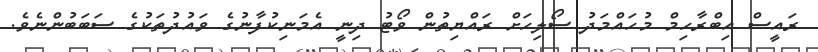
ރައީސް އިބްރާހިމް މުހައްމަދު ސޯލިހަށް ރައްޔިތުން ވޯޓު ދިނީ އެމަނިކުފާނުގެ ވައުދުތަކުގެ ސަބަބުންނެވެ.